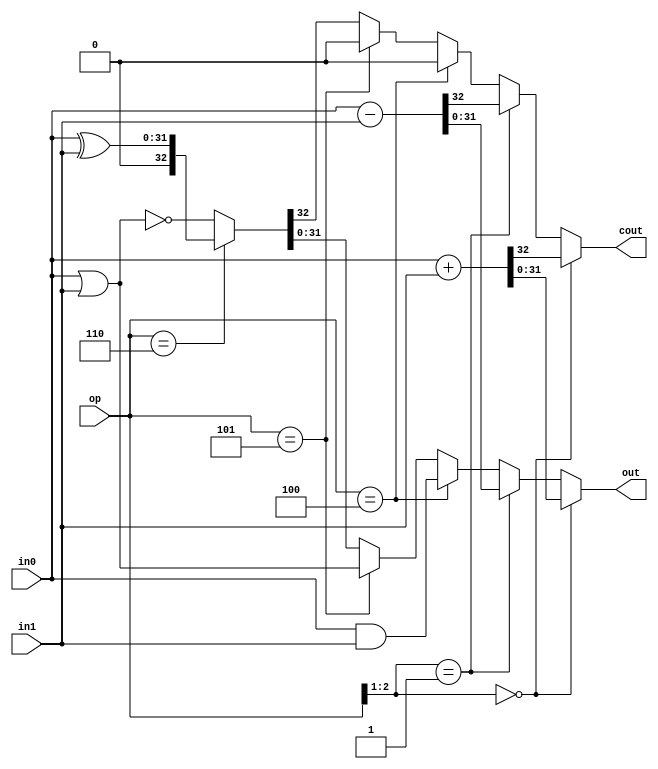
`default_nettype none

module alu_32(cout, out, op, in0, in1);
    parameter N = 32;
    output reg cout;
    output reg [N-1:0] out;
    input [2:0] op;
    input [N-1:0] in0, in1;

    always @(op or in0 or in1)
    begin
        if(op[2:1] == 0) // op is 0 or 1
            {cout, out} = in0 + in1;
        else if(op[2:1] == 1) // op is 2 or 3
            {cout, out} = in0 - in1;
        else if(op == 4)
            {cout, out} = in0 & in1;
        else if(op == 5)
            {cout, out} = in0 | in1;
        else if(op == 6)
            {cout, out} = in0 ^ in1;
        else
            {cout, out} = ~(in0 | in1);
    end
endmodule

module test_alu_32();
    reg [31:0] in0, in1;
    wire [31:0] out;
    reg [2:0] op;
    wire cout;
    alu_32 myalu(cout, out, op, in0, in1);
    initial
    begin
        $monitor(, $time, ": a=%h, b=%h, op=%b, out=%h, cout=%b",
            in0, in1, op, out, cout);
        in0 = 32'h0f00000f;
        in1 = 32'h0234567a;
        op = 2'b00;
        #10
        op = 2'b01;
        #10
        op = 2'b10;
        #10
        op = 2'b11;
        #10
        in0 = 32'h0f00000f;
        in1 = 32'hf234567a;
        op = 2'b10;
        #10
        op = 2'b11;
        #10
        in0 = 32'hff00000f;
        in1 = 32'h0234567a;
        op = 2'b10;
        #10
        op = 2'b11;
        #10
        in0 = 32'hff00000f;
        in1 = 32'hf234567a;
        op = 2'b10;
        #10
        op = 2'b11;
    end
endmodule